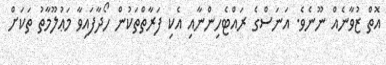
އޮތް ޒުވާނެއް ނޫނެވެ. އަނަސްގެ ރައްޓެހިންނާއި އެކި ފަރާތްތަކުން ހޯދާފައިވާ މަޢުލޫމާތު ތަކަށް